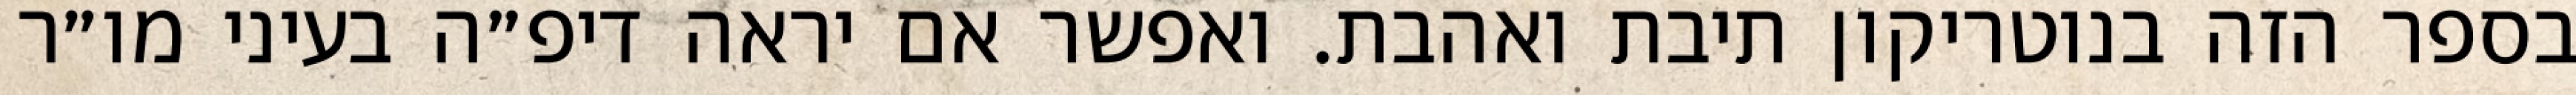
בספר הזה בנוטריקון תיבת ואהבת. ואפשר אם יראה דיפ״ה בעיני מו״ר